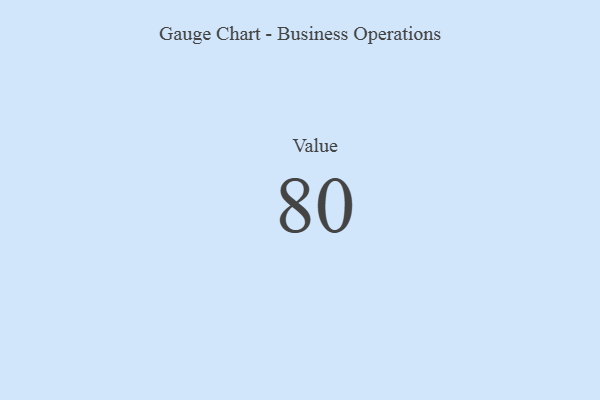
{"axis": {"x": "Metric", "y": "Value"}, "legend": [""], "data": [{"x": "Value", "y": 80, "type": ""}]}